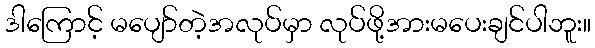
ဒါကြောင့် မပျော်တဲ့အလုပ်မှာ လုပ်ဖို့အားမပေးချင်ပါဘူး။